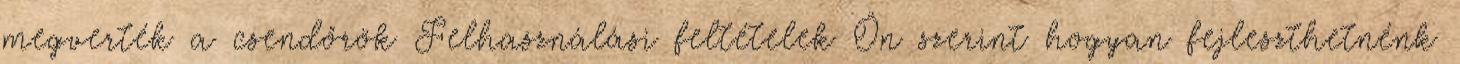
megverték a csendőrök Felhasználási feltételek Ön szerint hogyan fejleszthetnénk